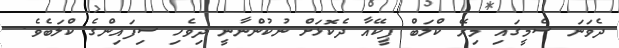
ދެވަނަ ސެމީގައި މިރޭ ކްލަބް ޕީކޭއާ ދެކޮޅަށް ނުކުންނާނީ ދިވެހި ސިފައިންގެ ކްލަބެވެ.